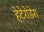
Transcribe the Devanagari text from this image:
हेटेरोडेरा